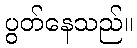
ပွတ်နေသည်။